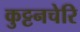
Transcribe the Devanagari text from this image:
कुट्टनचेरि